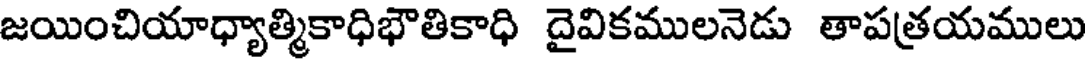
జయించియాధ్యాత్మికాధిభౌతికాధి దైవికములనెడు తాపత్రయములు